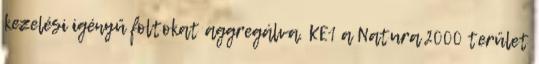
kezelési igényű foltokat aggregálva. KE1 a Natura 2000 terület